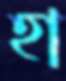
হা